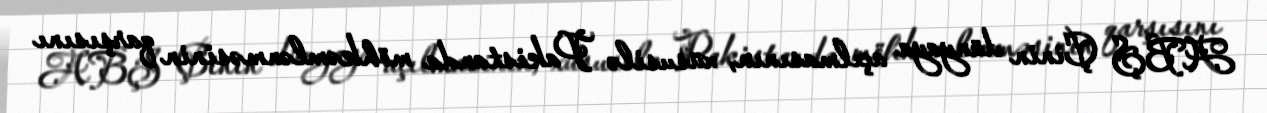
ABŞ Çinin dünyaya açılmasının, xüsusilə Pakistanda möhkəmlənməsinin qarşısını